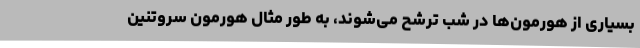
بسیاری از هورمون‌ها در شب ترشح می‌شوند، به طور مثال هورمون سروتنین